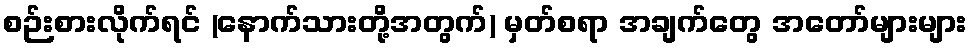
စဉ်းစားလိုက်ရင် (နောက်သားတို့အတွက်) မှတ်စရာ အချက်တွေ အတော်များများ